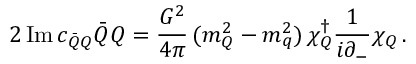
2 \, \mathrm { I m } \, c _ { { \bar { Q } } Q } { \bar { Q } } Q = \frac { G ^ { 2 } } { 4 \pi } \, ( m _ { Q } ^ { 2 } - m _ { q } ^ { 2 } ) \, \chi _ { Q } ^ { \dag } \frac { 1 } { i \partial _ { - } } \chi _ { Q } \, .